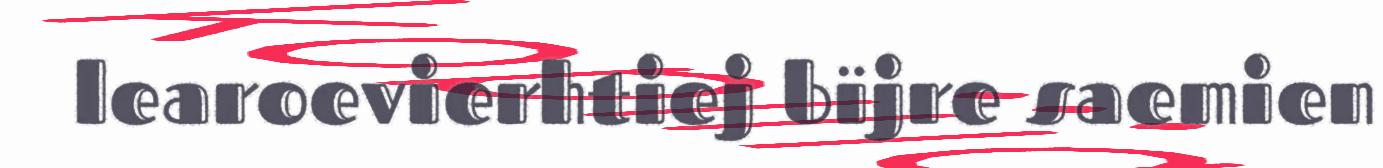
learoevierhtiej bïjre saemien